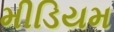
મીડિયમ